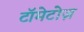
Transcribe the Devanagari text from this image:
टॉमेटोज़